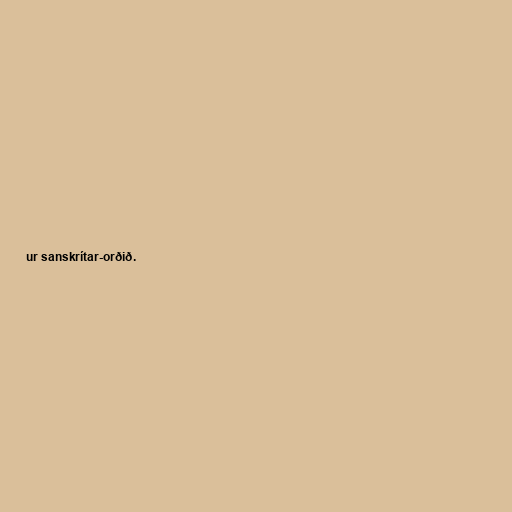
ur sanskrítar-orðið.